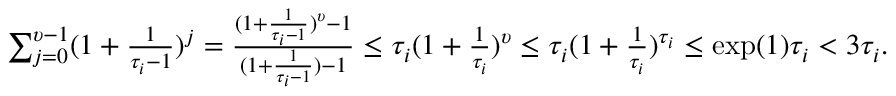
\begin{array} { r } { \sum _ { j = 0 } ^ { \upsilon - 1 } ( 1 + \frac { 1 } { \tau _ { i } - 1 } ) ^ { j } = \frac { ( 1 + \frac { 1 } { \tau _ { i } - 1 } ) ^ { \upsilon } - 1 } { ( 1 + \frac { 1 } { \tau _ { i } - 1 } ) - 1 } \leq \tau _ { i } ( 1 + \frac { 1 } { \tau _ { i } } ) ^ { \upsilon } \leq \tau _ { i } ( 1 + \frac { 1 } { \tau _ { i } } ) ^ { \tau _ { i } } \leq \exp ( 1 ) \tau _ { i } < 3 \tau _ { i } . } \end{array}